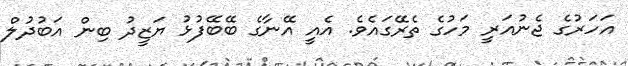
އަހަރުގެ ޖެނުއަރީ މަހުގެ ތެރޭގައެވެ. އެއީ އޭނާގެ ބޭބޭފުޅު ޔަޒީދު ބިން އަބުދުލް